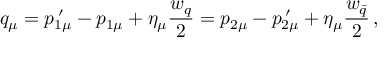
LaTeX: q _ { \mu } = p _ { 1 \mu } ^ { \: \prime } - p _ { 1 \mu } + \eta _ { \mu } \frac { w _ { q } } { 2 } = p _ { 2 \mu } - p _ { 2 \mu } ^ { \: \prime } + \eta _ { \mu } \frac { w _ { \bar { q } } } { 2 } \, ,